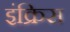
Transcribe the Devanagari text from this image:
इंक्रिस